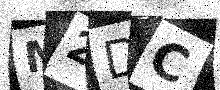
Text: M2DC